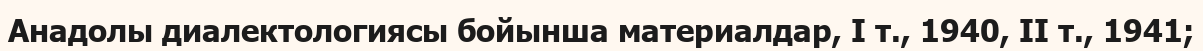
Анадолы диалектологиясы бойынша материалдар, І т., 1940, ІІ т., 1941;